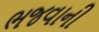
ભજવાની